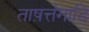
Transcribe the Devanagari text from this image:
ताष़त्तंगाडि